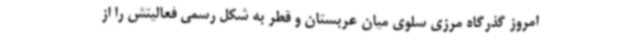
امروز گذرگاه مرزی سلوی میان عربستان و قطر به شکل رسمی فعالیتش را از